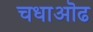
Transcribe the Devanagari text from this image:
चधाऒढ